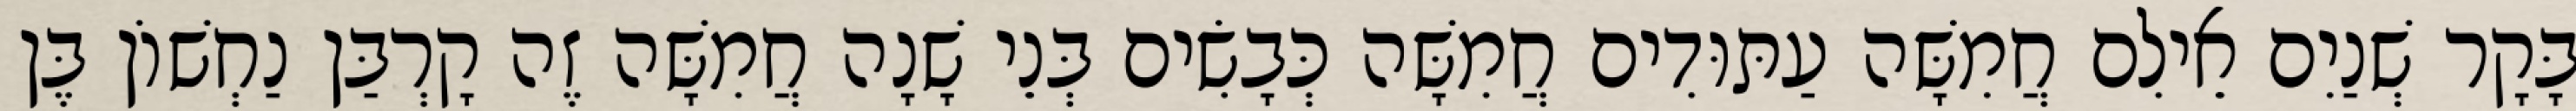
בָּקָר שְׁנַיִם אֵילִם חֲמִשָּׁה עַתּוּדִים חֲמִשָּׁה כְּבָשִׂים בְּנֵי שָׁנָה חֲמִשָּׁה זֶה קָרְבַּן נַחְשׁוֹן בֶּן